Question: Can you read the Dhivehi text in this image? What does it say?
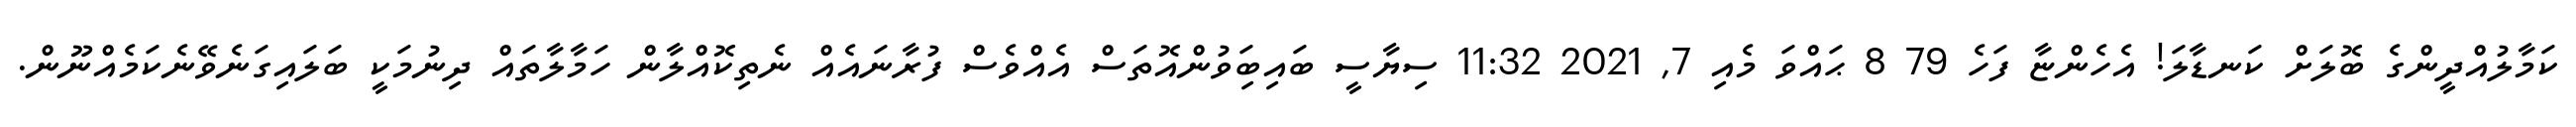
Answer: ކަމާލުއްދީންގެ ބޮލަށް ކަނޑާލަ! އެހެންޏާ ފަހެ 79 8 ޙައްވަ މެއި 7, 2021 11:32 ސިޔާސީ ބައިބަިވުންއޮތަސް އެއްވެސް ފުރާނައެއް ނެތިކޮއްލާން ހަމާލާތައް ދިނުމަކީ ބަލައިގަނެވޭނެކަމެއްނޫން.